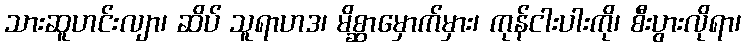
သားဆူဟင်းလျာ၊ ဆိပ် သူရာဟဒ၊ မိစ္ဆာမှောက်မှား၊ ကုန်ငါးပါးကို၊ စီးပွားလိုရာ၊